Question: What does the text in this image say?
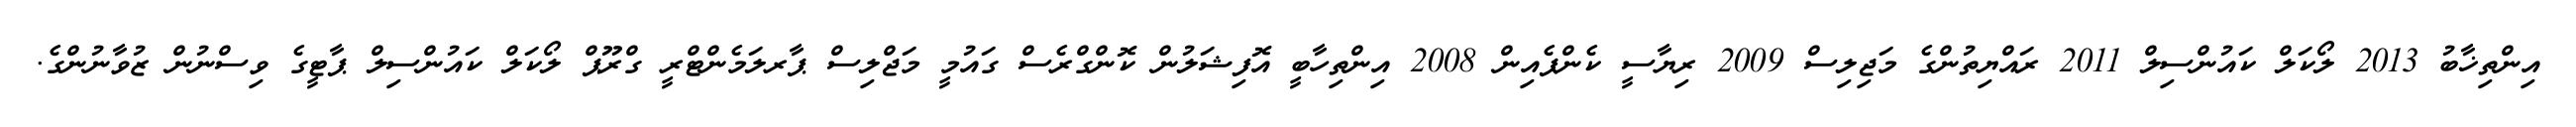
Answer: އިންތިޚާބު 2013 ލޯކަލް ކައުންސިލް 2011 ރައްޔިތުންގެ މަޖިލިސް 2009 ރިޔާސީ ކެންޕެއިން 2008 އިންތިހާބީ އޮފިޝަލުން ކޮންގްރެސް ގައުމީ މަޖްލިސް ޕާރލަމެންޓްރީ ގްރޫޕް ލޯކަލް ކައުންސިލް ޕާޓީގެ ވިސްނުން ޒުވާނުންގެ.